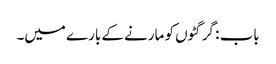
باب : گرگٹوں کو مارنے کے بارے میں۔